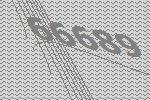
66689